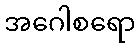
အဂေါစရော